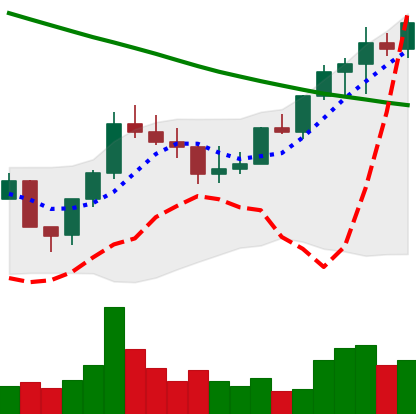
Ticker: LINK-USD
Chart end date: 2022-08-12
Forward return: -13.753%
Label: down_7plus